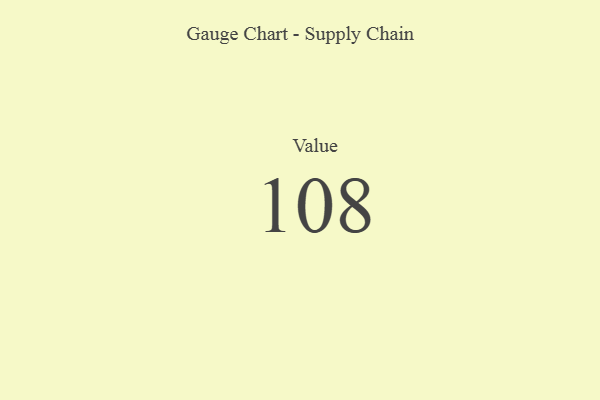
{"axis": {"x": "Metric", "y": "Value"}, "legend": [""], "data": [{"x": "Value", "y": 108, "type": ""}]}